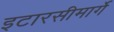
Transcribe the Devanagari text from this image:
इटारसीमार्गे